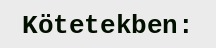
Kötetekben: